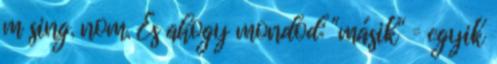
m sing. nom. És ahogy mondod: "másik" = egyik